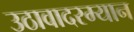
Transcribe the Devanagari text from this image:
उठावादरम्यान